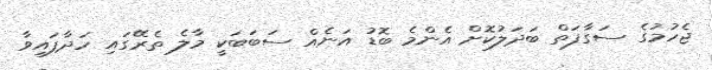
ޖެހުމުގެ ސަގާފަތް ބަދަލުކޮށް އެންމެ ބޮޑު އަނެއް ސަބަބަކީ މާލެ ތެރޭގައި ހަދާފައިވާ